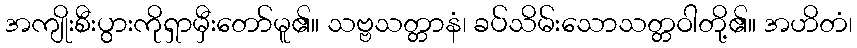
အကျိုးစီးပွားကိုရှာမှီးတော်မူ၏။ သဗ္ဗသတ္တာနံ၊ ခပ်သိမ်းသောသတ္တဝါတို့၏။ အဟိတံ၊